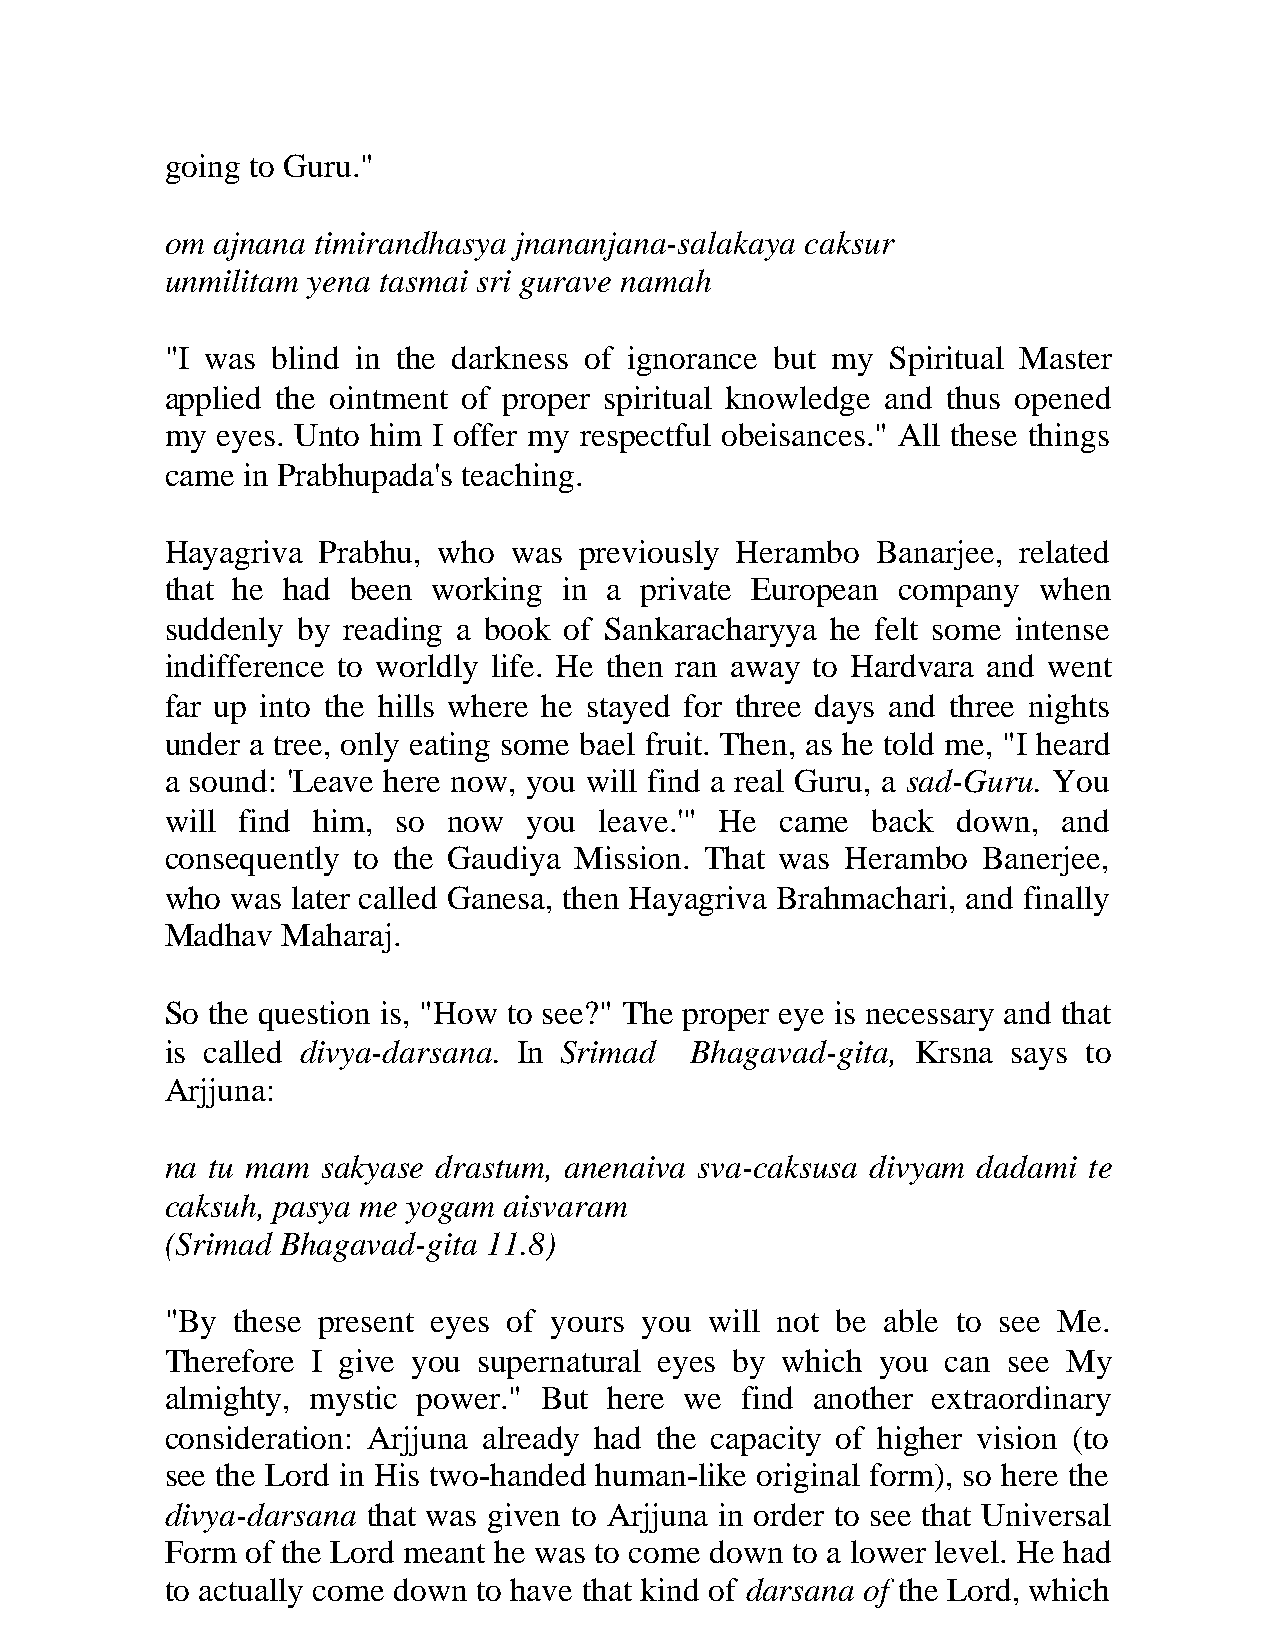
going to Guru."
 om ajnana timirandhasya jnananjana-salakaya caksur
 unmilitam yena tasmai sri gurave namah
 "I was blind in the darkness of ignorance but my Spiritual Master
 applied the ointment of proper spiritual knowledge and thus opened
 my eyes. Unto him I offer my respectful obeisances." All these things
 came in Prabhupada's teaching.
 Hayagriva Prabhu, who  was previously Herambo  Banarjee, related
 that he had been  working in a private European company   when
 suddenly by reading a book of Sankaracharyya he felt some intense
 indifference to worldly life. He then ran away to Hardvara and went
 far up into the hills where he stayed for three days and three nights
 under a tree, only eating some bael fruit. Then, as he told me, "I heard
 a sound: 'Leave here now, you will find a real Guru, a sad-Guru. You
 will find him, so  now  you  leave.'" He came  back down,  and
 consequently to the Gaudiya Mission. That was Herambo Banerjee,
 who was later called Ganesa, then Hayagriva Brahmachari, and finally
 Madhav  Maharaj.
 So the question is, "How to see?" The proper eye is necessary and that
 is called divya-darsana. In Srimad Bhagavad-gita, Krsna says to
 Arjjuna:
 na tu mam sakyase drastum, anenaiva sva-caksusa divyam dadami te
 caksuh, pasya me yogam aisvaram
 (Srimad Bhagavad-gita 11.8)
 "By these present eyes of yours you will not be able to see Me.
 Therefore I give you supernatural eyes by which you can see My
 almighty, mystic power." But here we  find another extraordinary
 consideration: Arjjuna already had the capacity of higher vision (to
 see the Lord in His two-handed human-like original form), so here the
 divya-darsana that was given to Arjjuna in order to see that Universal
 Form of the Lord meant he was to come down to a lower level. He had
 to actually come down to have that kind of darsana of the Lord, which